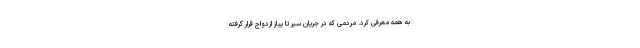
به همه معرفی کرد. مردمی که در جریان سیر تا پیاز ازدواج قرار گرفته